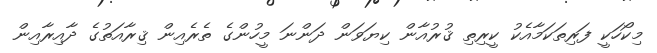
މިކޯހަކީ ފަރިތަކަމާއެކު ކީރިތި ޤުރުއާން ކިޔަވަން ދަންނަ މީހުންގެ ތެރެއިން ޤިރާއަތުގެ ދާއިރާއިން